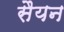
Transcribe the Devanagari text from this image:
सैयन